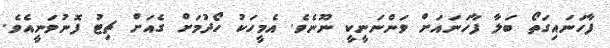
ފާހަނައިގަތޯ ބަލާ ފާހަނައަށް ވަންނަނީކީ ނޫނެވެ. އެމީހަކު ހޯދުމަށް ގެއަށް ޗިޓު ފޮނުވަނީއެވެ.